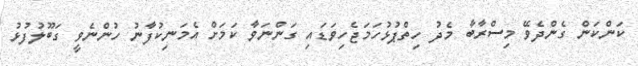
ކަންކަން ގެންދެވޭ މިސްރާބާ މެދު ހިތްޕުޅުހަމަޖެހިވަޑައި ގަންނަވާ ކަމަށް އެމަނިކުފާނު ހުންނެވީ ގަބޫލުފުޅު